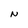
Character: N